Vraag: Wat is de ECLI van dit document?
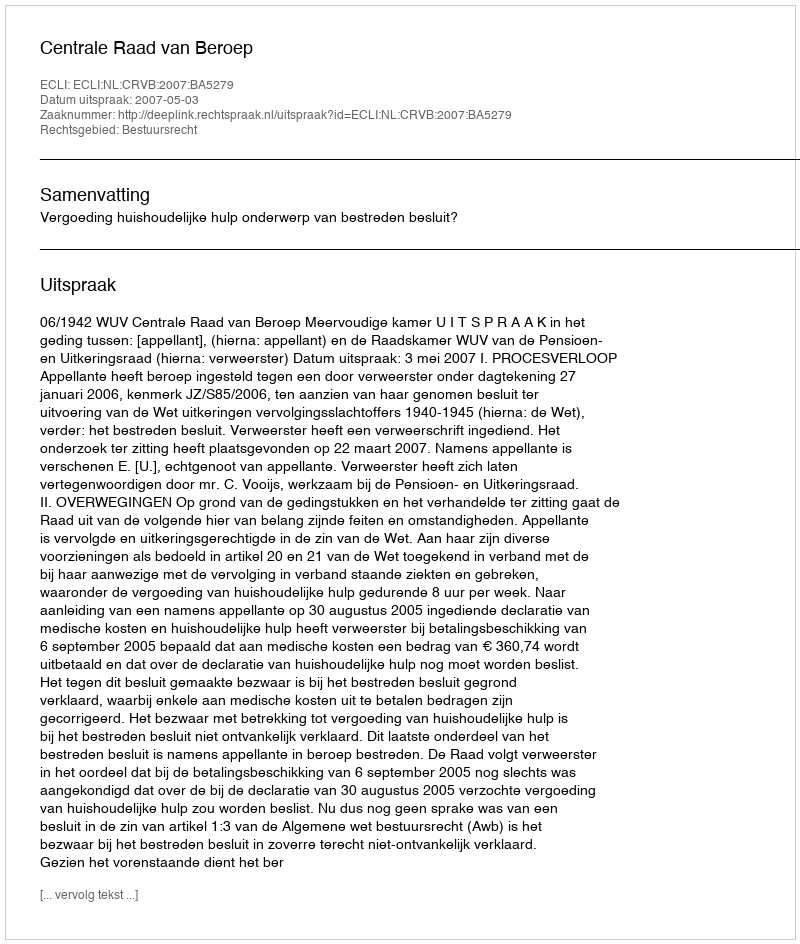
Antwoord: ECLI:NL:CRVB:2007:BA5279